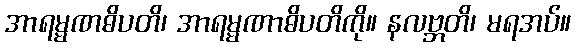
အာရမ္မဏဓိပတိ၊ အာရမ္မဏာဓိပတိကို။ နလဗ္ဘတိ၊ မရအပ်။